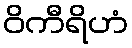
ဝိကီရိဟံ